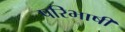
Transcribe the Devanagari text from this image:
परिभाषी